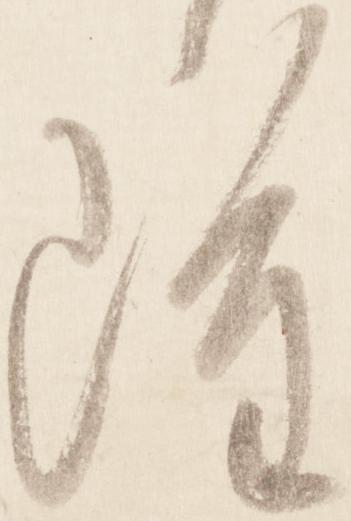
雖